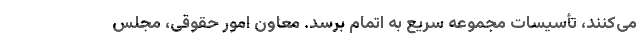
می‌کنند، تأسیسات مجموعه سریع به اتمام برسد. معاون امور حقوقی، مجلس